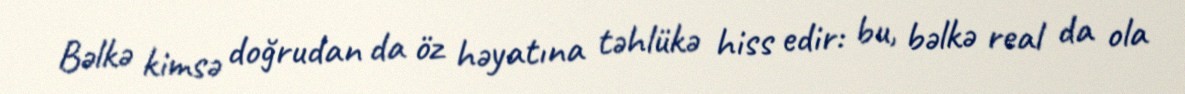
Bəlkə kimsə doğrudan da öz həyatına təhlükə hiss edir: bu, bəlkə real da ola